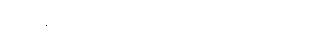
နယ်လီက ပြောရာ ဘုတ်ဆုံက ထောက်ခံသည်။